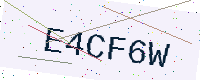
Text: E4CF6W